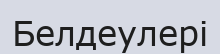
Белдеулері